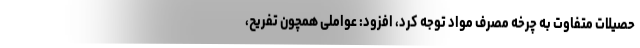
حصیلات متفاوت به چرخه مصرف مواد توجه کرد، افزود: عواملی همچون تفریح،